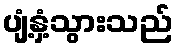
ပျံ့နှံ့သွားသည်